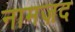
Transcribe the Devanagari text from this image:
नामज़द